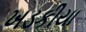
ખડકીયા